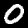
Label: 0